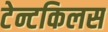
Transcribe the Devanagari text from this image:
टेन्टकिलस